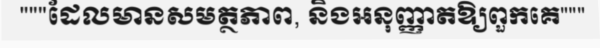
"""ដែលមានសមត្ថភាព, និងអនុញ្ញាតឱ្យពួកគេ"""